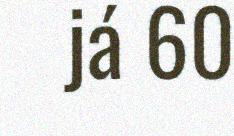
já 60